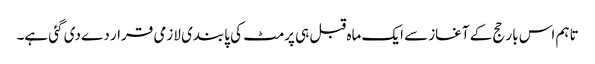
تاہم اس بار حج کے آغاز سے ایک ماہ قبل ہی پرمٹ کی پابندی لازمی قرار دے دی گئی ہے۔